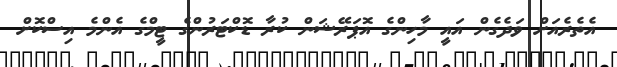
އެތެރެއަށް ވަދެގެން އައީ މާހިންގެ އޮޕަރޭޝަން ކުރާ ޑޮކްޓަރުންގެ ޓީމްގެ އެންމެ އިސްކޮށް